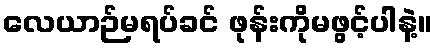
လေယာဉ်မရပ်ခင် ဖုန်းကိုမဖွင့်ပါနဲ့။